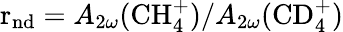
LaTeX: \mathrm{r_{nd}}=A_{2\omega}(\mathrm{CH_{4}^{+}})/A_{2\omega}(\mathrm{CD_{4}^{+}})